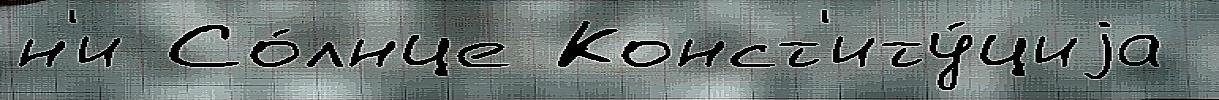
н'и Со́лнце Конст'иту́циjа